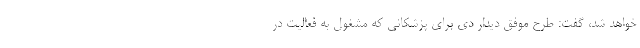
خواهد شد، گفت: طرح موفق ديدار دي براي پزشکانی که مشغول به فعالیت در